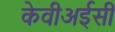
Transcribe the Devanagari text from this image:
केवीअईसी